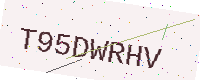
Text: T95DWRHV